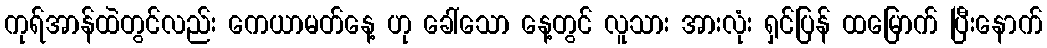
ကုရ်အာန်ထဲတွင်လည်း ကေယာမတ်နေ့ ဟု ခေါ်သော နေ့တွင် လူသား အားလုံး ရှင်ပြန် ထမြောက် ပြီးနောက်